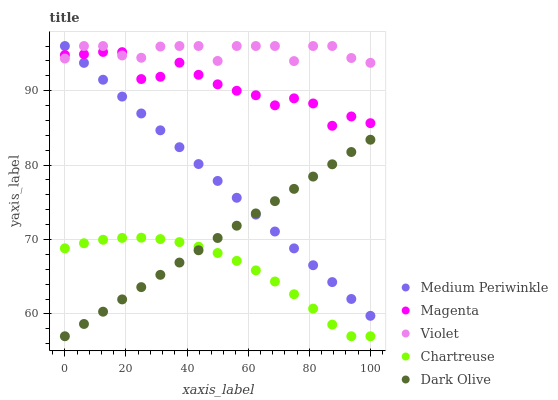
| xaxis_label | Medium Periwinkle | Magenta | Violet | Chartreuse | Dark Olive |
 | --- | --- | --- | --- | --- | --- |
 | 0 | 96 | 94.8 | 94.3 | 68.8 | 57 |
 | 6.25 | 93.7 | 94.9 | 96 | 69.5 | 58.7 |
 | 12.5 | 91.5 | 95.2 | 96 | 70 | 60.3 |
 | 18.8 | 89.2 | 95.2 | 94.7 | 70.2 | 62 |
 | 25 | 86.9 | 91.6 | 94.4 | 70.2 | 63.6 |
 | 31.2 | 84.7 | 91.9 | 95.9 | 70.1 | 65.3 |
 | 37.5 | 82.4 | 93.8 | 96 | 69.7 | 66.9 |
 | 43.8 | 80.1 | 92.1 | 96 | 69 | 68.6 |
 | 50 | 77.9 | 90.9 | 94 | 68.2 | 70.2 |
 | 56.2 | 75.6 | 90 | 96 | 67.1 | 71.9 |
 | 62.5 | 73.3 | 89.4 | 96 | 65.9 | 73.5 |
 | 68.8 | 71.1 | 88 | 96 | 64.4 | 75.2 |
 | 75 | 68.8 | 89 | 94 | 62.6 | 76.8 |
 | 81.2 | 66.5 | 88.3 | 96 | 60.7 | 78.5 |
 | 87.5 | 64.3 | 85.3 | 96 | 58.6 | 80.1 |
 | 93.8 | 62 | 86.5 | 94.4 | 57 | 81.8 |
 | 100 | 59.7 | 85.6 | 93.7 | 57 | 83.4 |